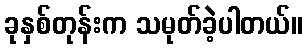
ခုနှစ်တုန်းက သမုတ်ခဲ့ပါတယ်။